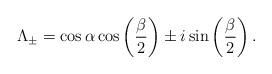
LaTeX: \begin{align*}\Lambda_\pm =\cos \alpha \cos \left(\frac{\beta}{2}\right) \pm i \sin \left(\frac{\beta}{2}\right).\end{align*}